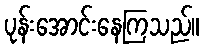
ပုန်းအောင်းနေကြသည်။